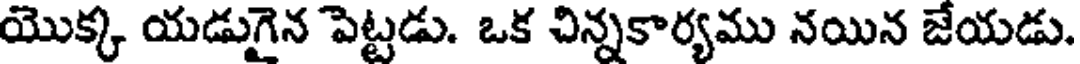
యొక్క యడుగైన పెట్టడు. ఒక చిన్నకార్యము నయిన జేయడు.